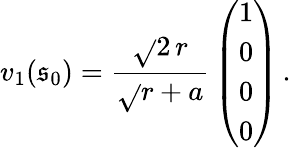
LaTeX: v_{1}(\mathfrak{s}_{0})={\frac{{\sqrt{}{{2}}\, r}}{{\sqrt{}{{r+a}}}}}\left(\begin{array}{c}{{1}}\\ {{0}}\\ {{0}}\\ {{0}}\end{array}\right)\, .